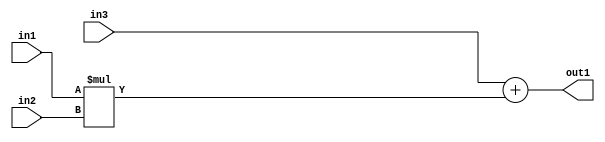
`timescale 1ps / 1ps
/*****************************************************************************
    Verilog RTL Description
    
    
    Created by: Stratus DpOpt 2019.1.01 
*******************************************************************************/

module GaussFilter_Add2Mul2s32u8s32_4 (
	in3,
	in2,
	in1,
	out1
	); /* architecture "behavioural" */ 
input [31:0] in3;
input [7:0] in2;
input [31:0] in1;
output [31:0] out1;
wire [31:0] asc001;

wire [31:0] asc001_tmp_0;
assign asc001_tmp_0 = 
	+(in3);
assign asc001 = asc001_tmp_0
	+(in1 * in2);

assign out1 = asc001;
endmodule

/* CADENCE  uLL2TQ4= : u9/ySgnWtBlWxVPRXgAZ4Og= ** DO NOT EDIT THIS LINE ******/